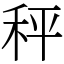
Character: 秤